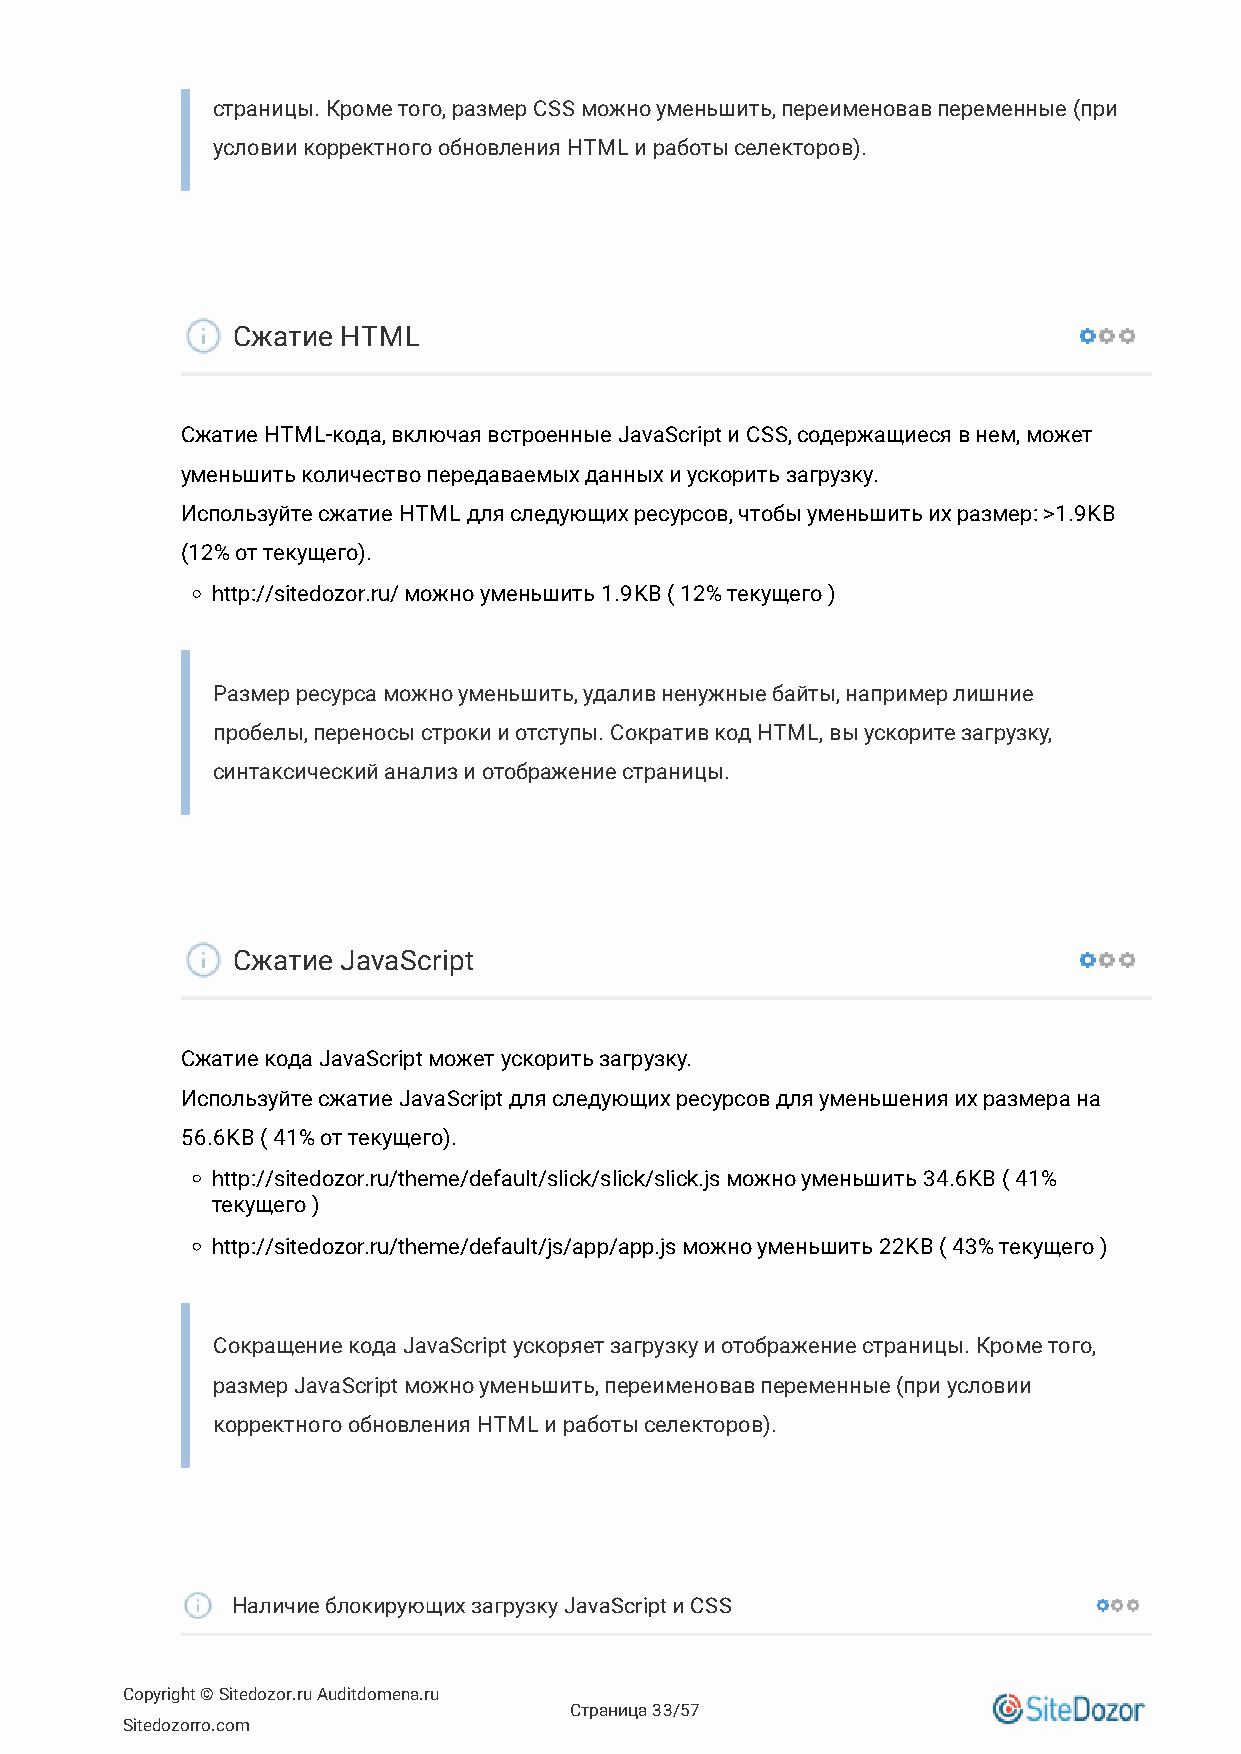
страницы. Кроме того, размер CSS можно уменьшить, переименовав переменные (при
 условии корректного обновления HTML и работы селекторов).
 Сжатие  HTML
 Сжатие HTML-кода, включая встроенные JavaScript и CSS, содержащиеся в нем, может
 уменьшить количество передаваемых данных и ускорить загрузку.
 Используйте сжатие HTML для следующих ресурсов, чтобы уменьшить их размер: >1.9KB
 (12% от текущего).
 http://sitedozor.ru/ можно уменьшить 1.9KB ( 12% текущего )
 Размер ресурса можно уменьшить, удалив ненужные байты, например лишние
 пробелы, переносы строки и отступы. Сократив код HTML, вы ускорите загрузку,
 синтаксический анализ и отображение страницы.
 Сжатие  JavaScript
 Сжатие кода JavaScript может ускорить загрузку.
 Используйте сжатие JavaScript для следующих ресурсов для уменьшения их размера на
 56.6KB ( 41% от текущего).
 http://sitedozor.ru/theme/default/slick/slick/slick.js можно уменьшить 34.6KB ( 41%
 текущего )
 http://sitedozor.ru/theme/default/js/app/app.js можно уменьшить 22KB ( 43% текущего )
 Сокращение кода JavaScript ускоряет загрузку и отображение страницы. Кроме того,
 размер JavaScript можно уменьшить, переименовав переменные (при условии
 корректного обновления HTML и работы селекторов).
 Наличие блокирующих загрузку JavaScript и CSS
 Copyright © Sitedozor.ru Auditdomena.ru
 Страница 33/57
 Sitedozorro.com